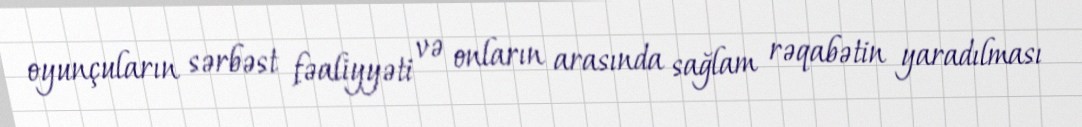
oyunçuların sərbəst fəaliyyəti və onların arasında sağlam rəqabətin yaradılması